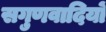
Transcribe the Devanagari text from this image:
सगुणवादियों